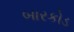
બારકોડ